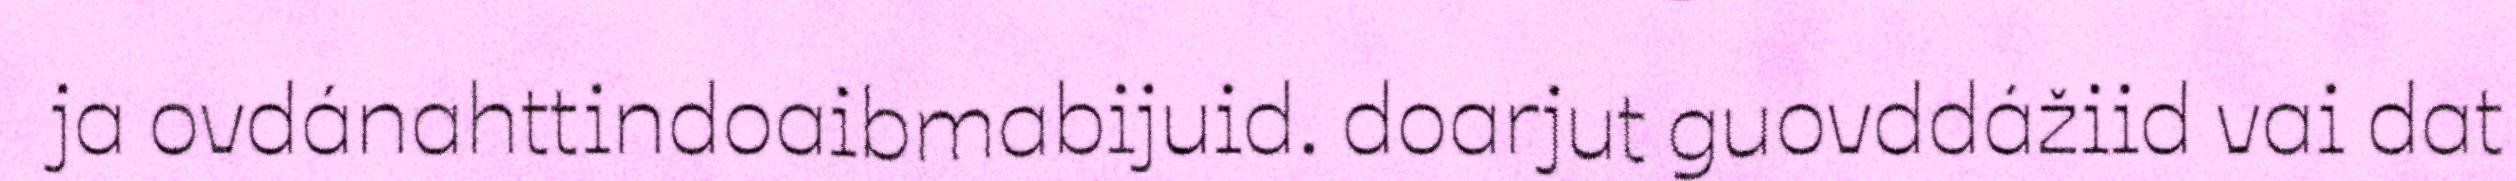
ja ovdánahttindoaibmabijuid. doarjut guovddážiid vai dat